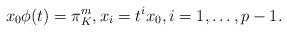
LaTeX: \begin{align*} x_0\phi(t)=\pi_K^m, x_i = t^ix_0,i=1,\ldots,p-1. \end{align*}